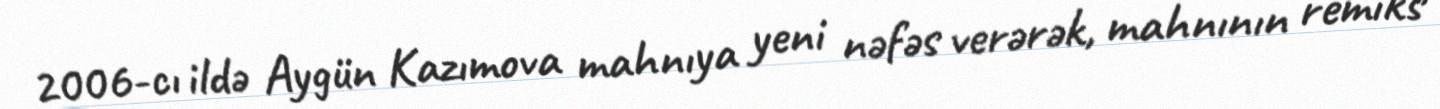
2006-cı ildə Aygün Kazımova mahnıya yeni nəfəs verərək, mahnının remiks